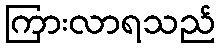
ကြားလာရသည်